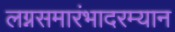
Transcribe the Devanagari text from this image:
लग्नसमारंभादरम्यान